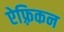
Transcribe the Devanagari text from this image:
ऐफ़्रिकन